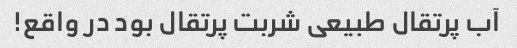
آب پرتقال طبیعی شربت پرتقال بود در واقع!